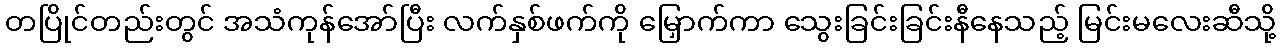
တပြိုင်တည်းတွင် အသံကုန်အော်ပြီး လက်နှစ်ဖက်ကို မြှောက်ကာ သွေးခြင်းခြင်းနီနေသည့် မြင်းမလေးဆီသို့